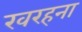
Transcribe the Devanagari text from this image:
खरहना